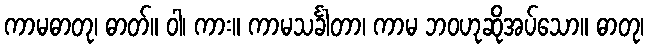
ကာမဓာတု၊ ဓာတ်။ ဝါ၊ ကား။ ကာမသင်္ခါတာ၊ ကာမ ဘဝဟုဆိုအပ်သော။ ဓာတု၊